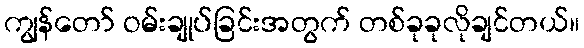
ကျွန်တော် ဝမ်းချုပ်ခြင်းအတွက် တစ်ခုခုလိုချင်တယ်။